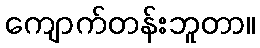
ကျောက်တန်းဘူတာ။